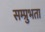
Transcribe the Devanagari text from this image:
सम्प्रुभता